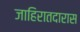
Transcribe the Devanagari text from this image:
जाहिरातदारास